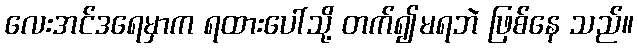
လေးအင်ဒရေမှာက ရထားပေါ်သို့ တက်၍မရဘဲ ဖြစ်နေ သည်။